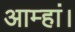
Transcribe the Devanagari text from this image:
आम्हां।